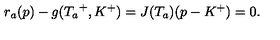
r _ { a } ( p ) - g ( { T _ { a } } ^ { + } , K ^ { + } ) = J ( T _ { a } ) ( p - K ^ { + } ) = 0 .